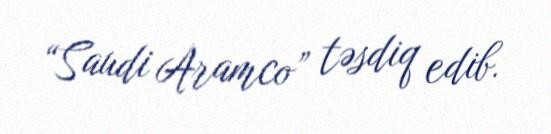
“Saudi Aramco” təsdiq edib.